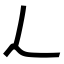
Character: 𬼂